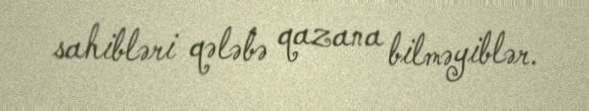
sahibləri qələbə qazana bilməyiblər.